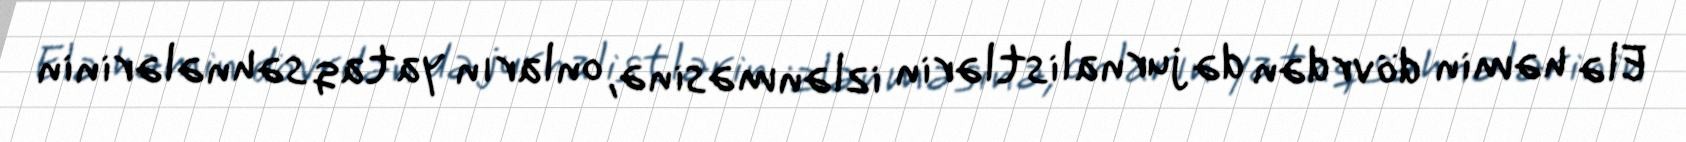
Elə həmin dövrdən də jurnalistlərin izlənməsinə, onların yataq səhnələrinin